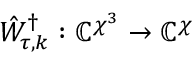
\hat { W } _ { \tau , k } ^ { \dag } : \mathbb { C } ^ { \chi ^ { 3 } } \to \mathbb { C } ^ { \chi }